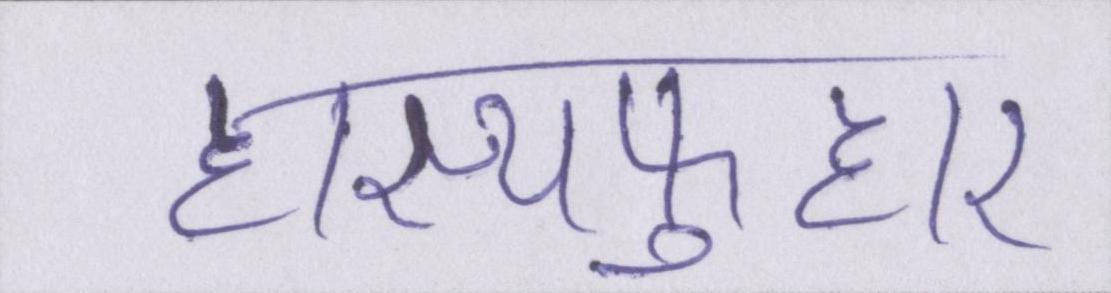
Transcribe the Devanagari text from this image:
हास्यफुहार